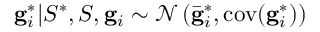
\mathbf { g } _ { i } ^ { * } | S ^ { * } , S , \mathbf { g } _ { i } \sim \mathcal { N } \left( \bar { \mathbf { g } } _ { i } ^ { * } , \mathrm { c o v } ( \mathbf { g } _ { i } ^ { * } ) \right)